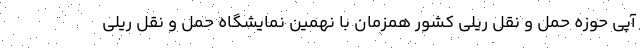
آپی حوزه حمل و نقل ریلی کشور همزمان با نهمین نمایشگاه حمل و نقل ریلی